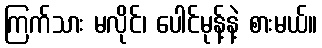
ကြက်သား မလိုင်၊ ပေါင်မုန့်နဲ့ စားမယ်။